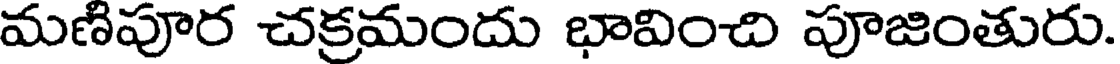
మణిపూర చక్రమందు భావించి పూజింతురు.